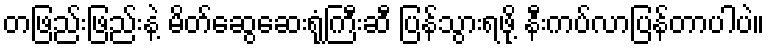
တဖြည်းဖြည်းနဲ့ မိတ်ဆွေဆေးရုံကြီးဆီ ပြန်သွားရဖို့ နီးကပ်လာပြန်တာပါပဲ။